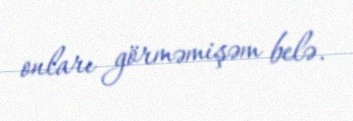
onları görməmişəm belə.